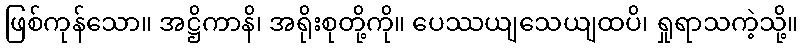
ဖြစ်ကုန်သော။ အဋ္ဌိကာနိ၊ အရိုးစုတို့ကို။ ပေဿယျသေယျထပိ၊ ရှုရာသကဲ့သို့။